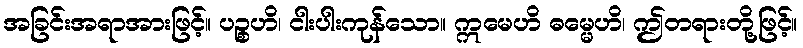
အခြင်းအရာအားဖြင့်။ ပဉ္စဟိ၊ ငါးပါးကုန်သော။ ဣမေဟိ ဓမ္မေဟိ၊ ဤတရားတို့ဖြင့်။